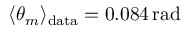
\langle \theta _ { m } \rangle _ { \mathrm { d a t a } } = 0 . 0 8 4 \, \mathrm { r a d }